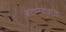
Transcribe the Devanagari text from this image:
बाष्पयंत्राचा